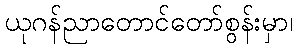
ယုဂန်ညာတောင်တော်စွန်းမှာ၊